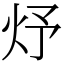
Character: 㶦